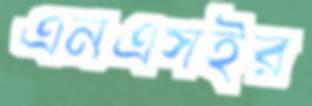
এনএসইর